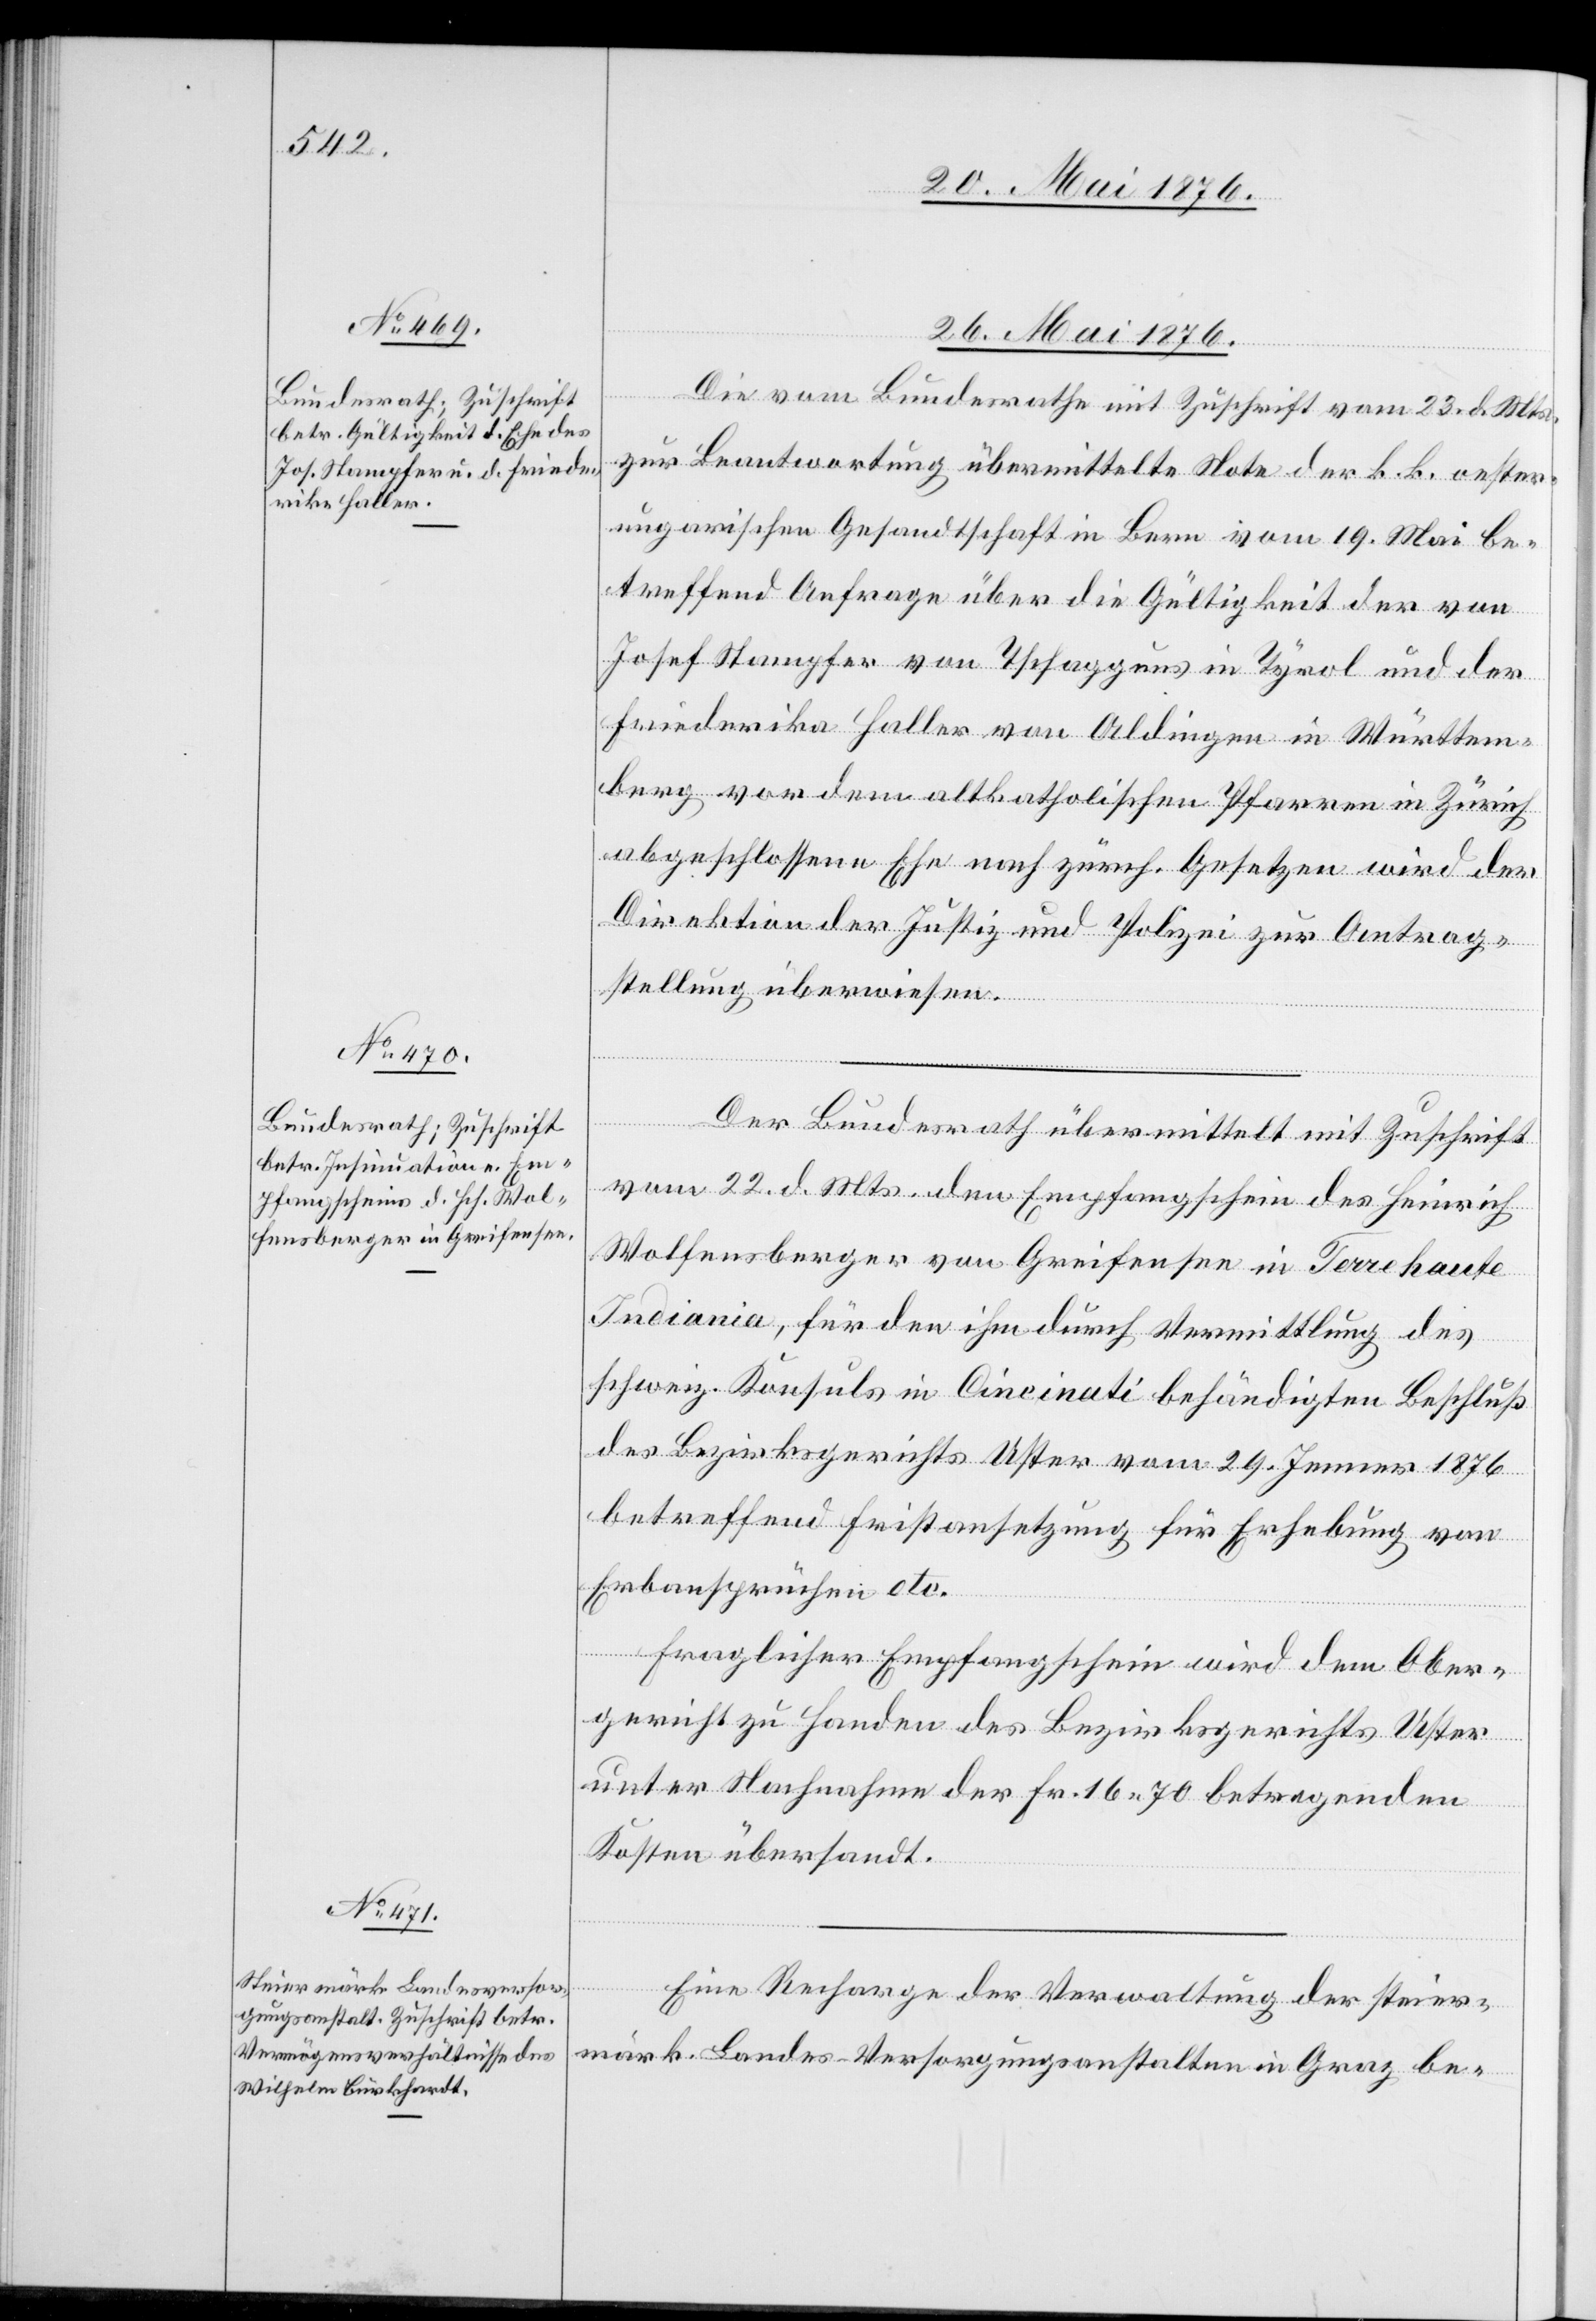
26. Mai 1876.]
Die vom Bundesrathe mit Zuschrift vom 23. d. Mts.
zur Beantwortung übermittelte Note der k. k. oester-u¬
ngarischen Gesandtschaft in Bern vom 19. Mai be¬
treffend Anfrage über de Gültigkeit der von
Josef Stamper von Tschagguns in Tyrol und der
Friederika Haller von Aldingen in Württem¬
berg vor dem altkatholischen Pfarren in Zürich
abgeschlossene Ehe nach zürch. Gesetzen wird der
Direktion der Justiz und Polizei zur Antrag¬
stellung überwiesen.
Graz be-
Der Bundesrath übermittelt mit Zuschrift
vom 22. d. Mts. den Empfangsschein des Heinrich
Wolfensberger von Greifensee in Terre haute
Indiania, für den ihm durch Vermittlung des
schweiz. Konsuls in Cincinati behändigten Beschluß
des Bezirksgerichts Uster vom 29. Jenner 1876
betreffend Fristansetzung für Erhebung von
Erbansprüchen etc.
Fraglicher Empfangschein wird dem Ober¬
gericht zu Handen des Bezirksgerichts Uster
unter Nachnahme der Fr. 16 70 betragenden
Kosten übersandt.
Eine Recharge der Verwaltung der steier¬

in